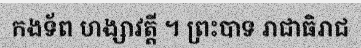
កងទ័ព ហង្សាវត្តី ។ ព្រះបាទ រាជាធិរាជ